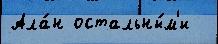
Ала́н остальны́м'и